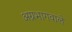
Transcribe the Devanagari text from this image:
अग्रभागवाले